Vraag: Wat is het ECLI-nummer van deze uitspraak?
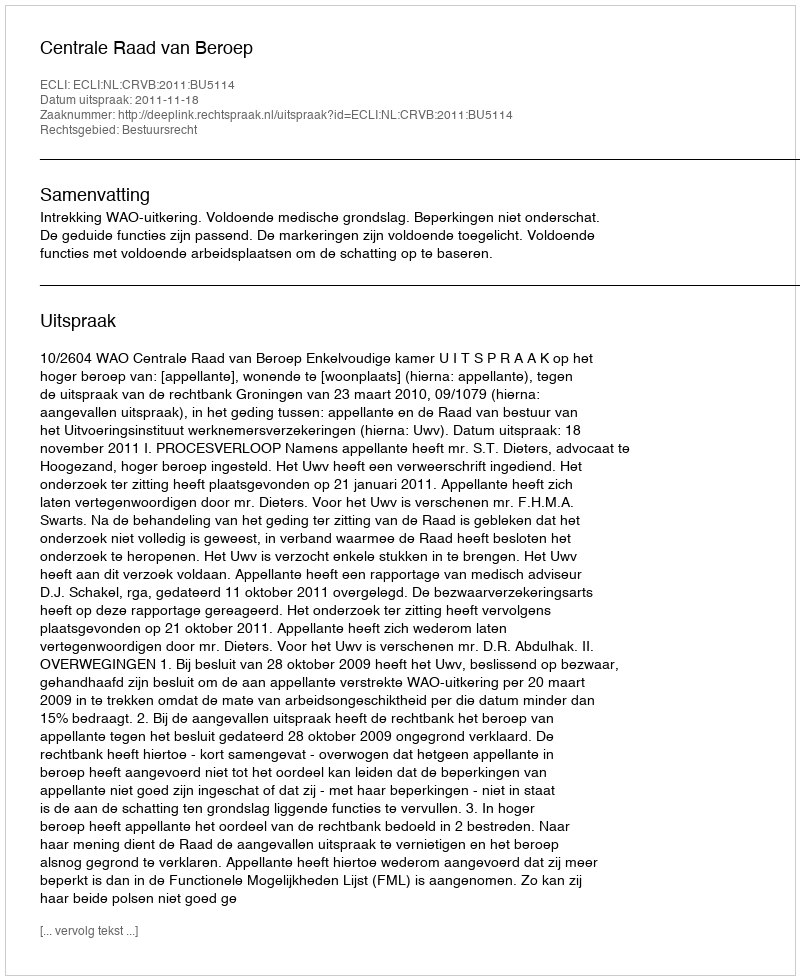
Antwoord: ECLI:NL:CRVB:2011:BU5114